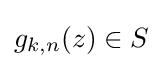
g_{k,n}(z)\in S